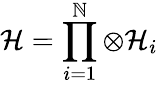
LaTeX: {\cal{H}}=\prod_{i=1}^{\mathbb{N}}\otimes{\cal{H}}_{i}